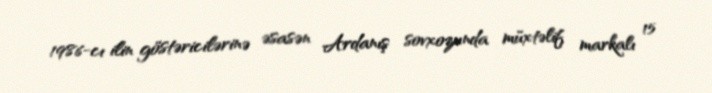
1986-cı ilin göstəricilərinə əsasən Ardanış sovxozunda müxtəlif markalı 15